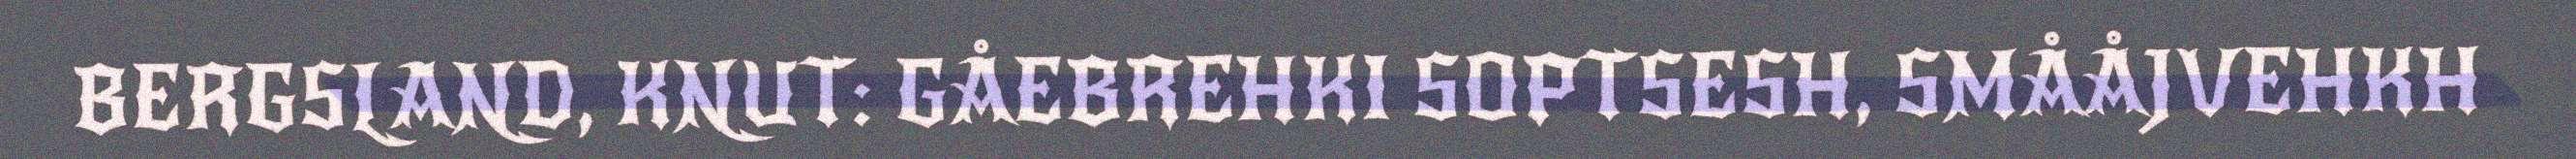
BERGSLAND, KNUT: GÅEBREHKI SOPTSESH, SMÅÅJVEHKH